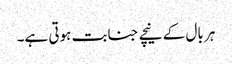
ہر بال کے نیچے جنابت ہوتی ہے۔